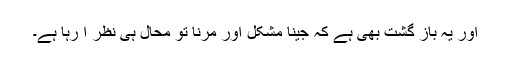
اور یہ باز گشت بھی ہے کہ جینا مشکل اور مرنا تو محال ہی نظر آ رہا ہے۔